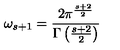
\omega _ { s + 1 } = { \frac { 2 \pi ^ { \frac { s + 2 } { 2 } } } { \Gamma \left( { \frac { s + 2 } { 2 } } \right) } }